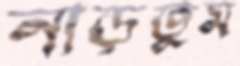
নাড়তুম